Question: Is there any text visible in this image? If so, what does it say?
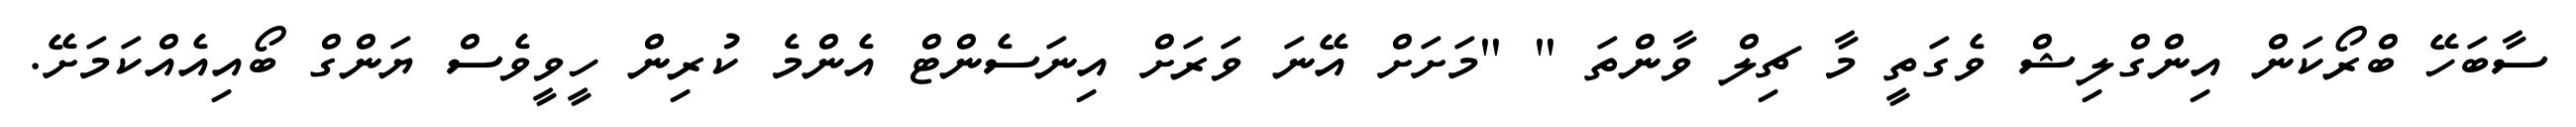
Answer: ސާބަހޭ ބްރޯކަން އިންގްލިޝް ވެގަތީ މާ ޗިލް ވާންތަ " "މަށަށް އޭނަ ވަރަށް އިނަސެންޓް އެންމެ ކުރިން ހީވީވެސް ޔަންގް ބޯއިއެއްކަމަށޭ.